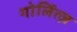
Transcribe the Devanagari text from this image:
गोर्लित्ज़